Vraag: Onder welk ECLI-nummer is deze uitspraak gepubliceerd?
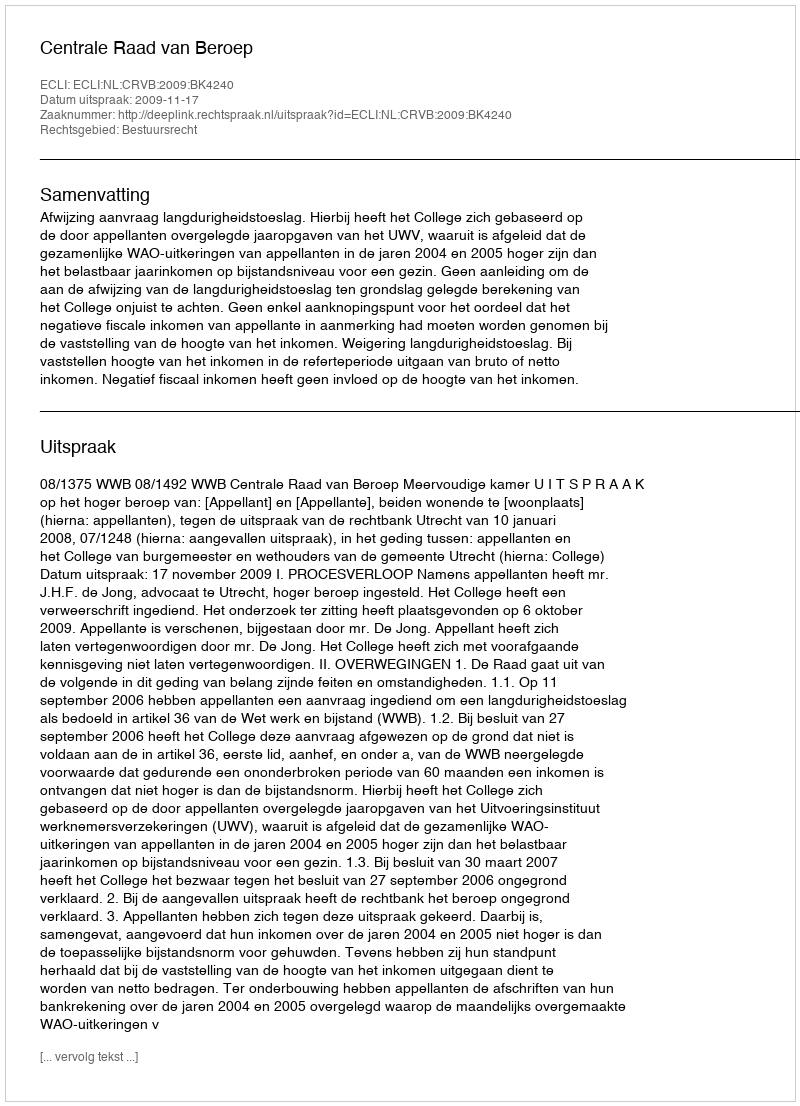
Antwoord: ECLI:NL:CRVB:2009:BK4240